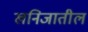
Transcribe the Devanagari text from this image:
खनिजातील